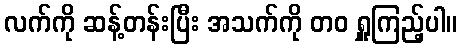
လက်ကို ဆန့်တန်းပြီး အသက်ကို တဝ ရှူကြည့်ပါ။